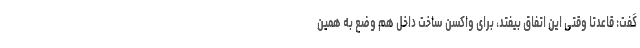
گفت: قاعدتا وقتی این اتفاق بیفتد، برای واکسن ساخت داخل هم وضع به همین